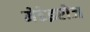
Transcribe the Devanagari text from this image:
मेडेइरोज